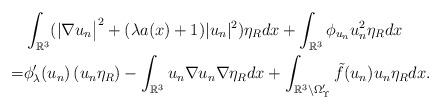
LaTeX: \begin{align*} \mbox{} & \int_{ \Bbb R^3 } ( | \nabla u_n \big|^{2 } + ( \lambda a(x) + 1 ) | u_n |^{ 2 } ) \eta_R dx+ \int_{\mathbb{R}^{3}}\phi_{u_n}u_n^{2}\eta_Rdx\\ = & \phi_\lambda'(u_n) \left( u_n \eta_R \right) - \int_{ \Bbb R^3 } u_n \nabla u_n \nabla \eta_R dx+ \int_{ \Bbb R^3 \setminus \Omega'_\Upsilon } \tilde{f}(u_n) u_n \eta_Rdx.\end{align*}